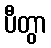
ပီတွာ